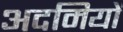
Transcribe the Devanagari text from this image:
अदमियों